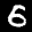
Label: 6